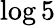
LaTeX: \log 5